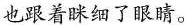
也跟着眯细了眼睛。